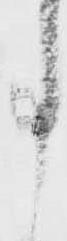
事